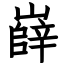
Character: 嶭